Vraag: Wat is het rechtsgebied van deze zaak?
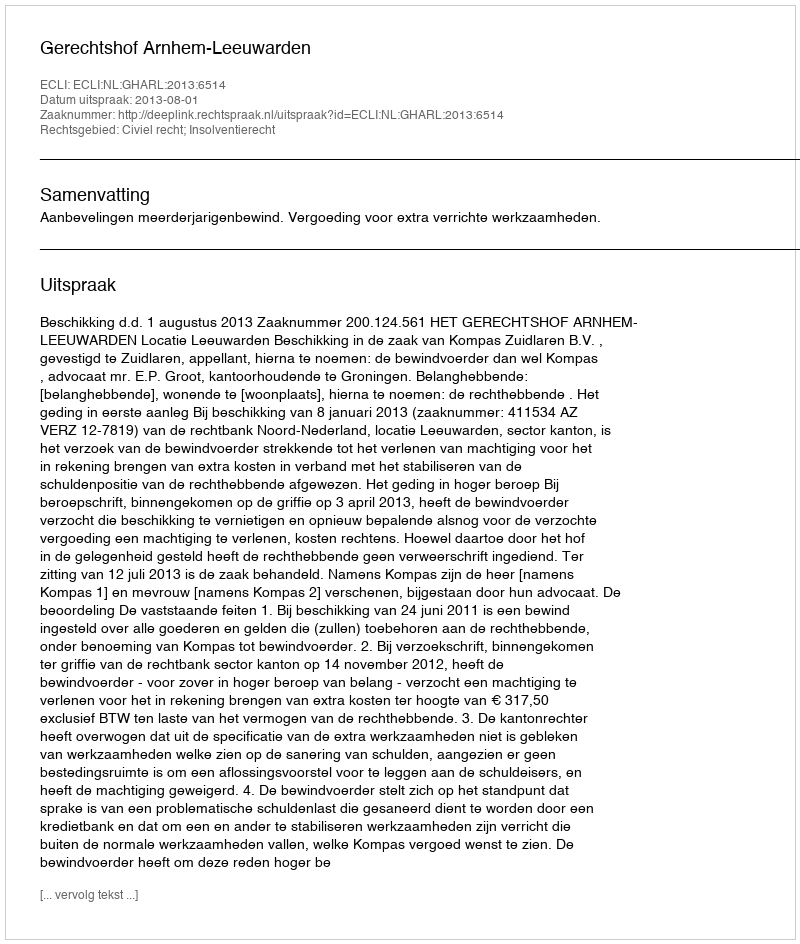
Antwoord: Civiel recht; Insolventierecht